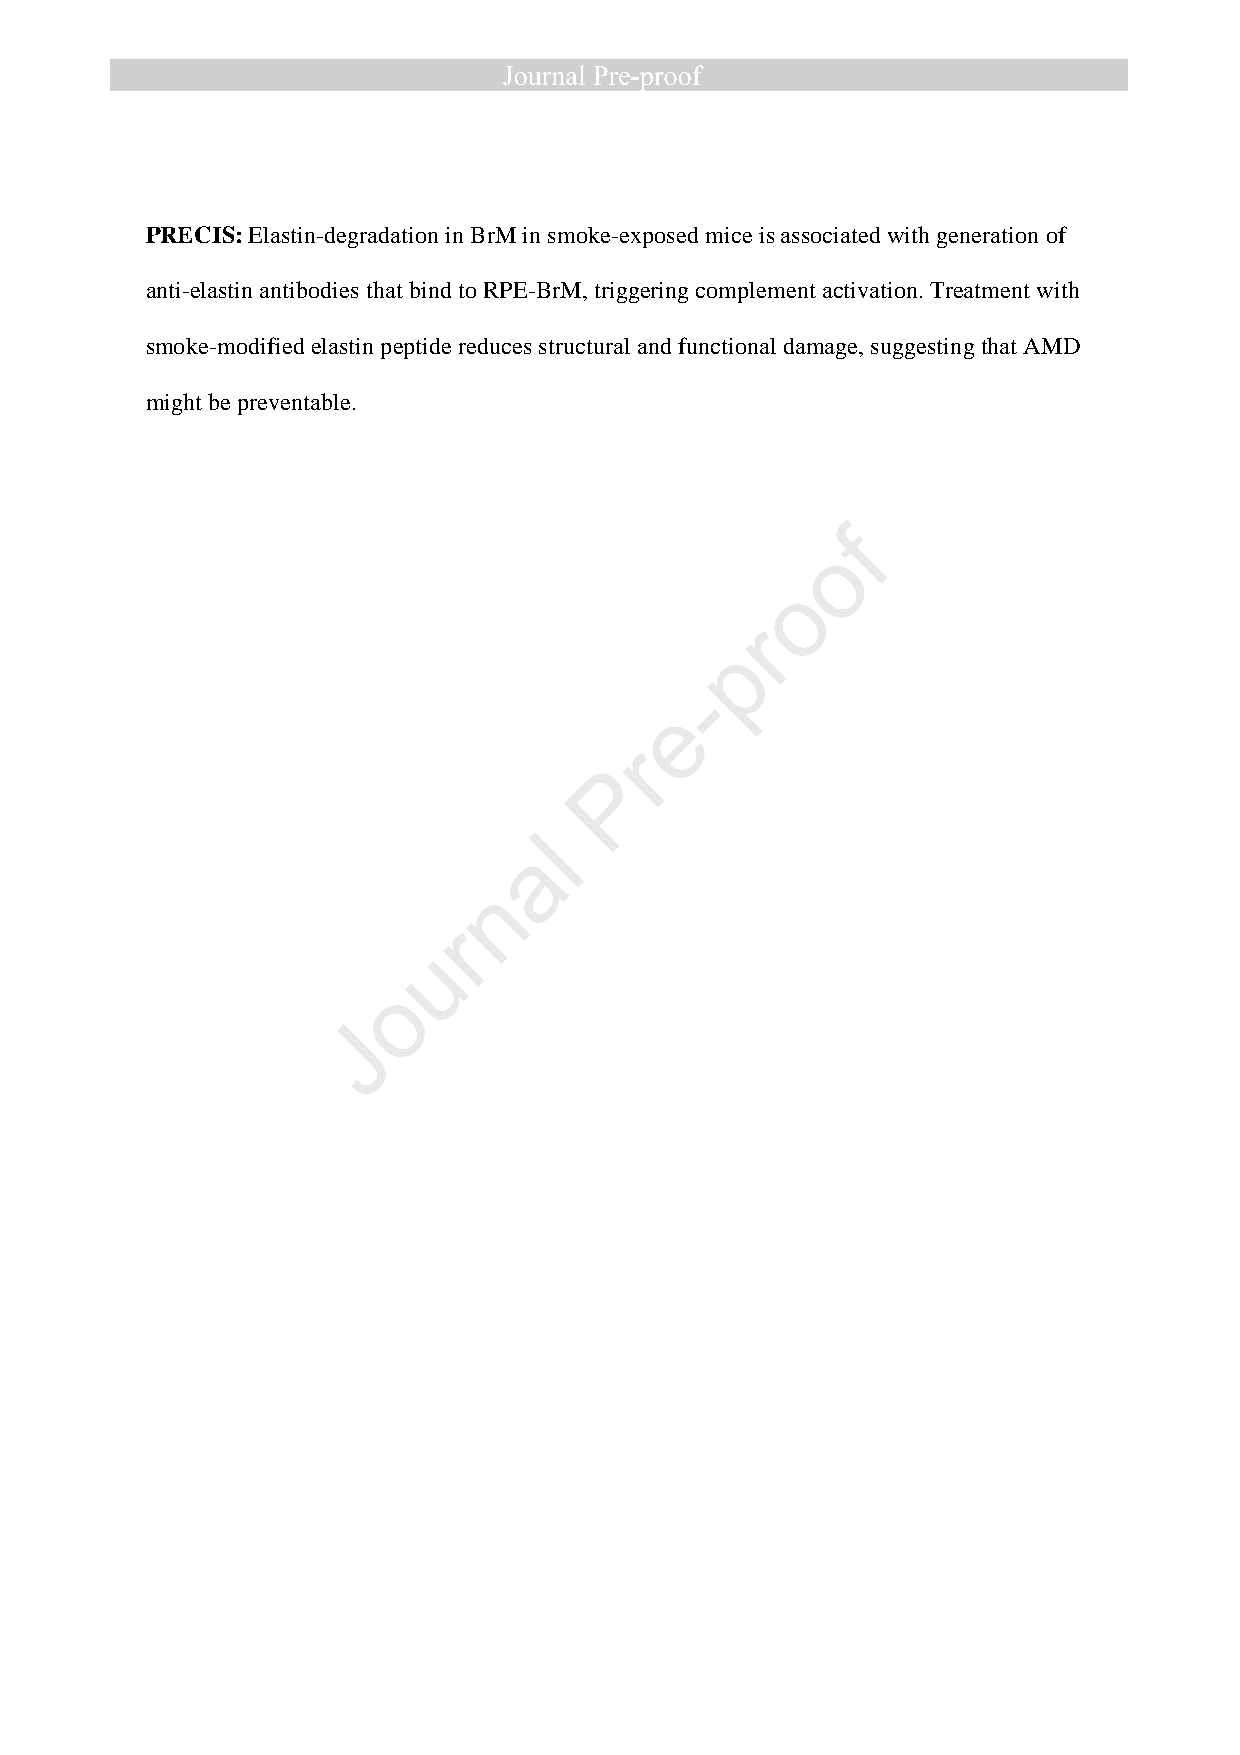
PRECIS: Elastin-degradation in BrM in smoke-exposed mice is associated with generation of
 anti-elastin antibodies that bind to RPE-BrM, triggering complement activation. Treatment with
 smoke-modified elastin peptide reduces structural and functional damage, suggesting that AMD
 might be preventable.
 f
 o
 o
 r
 p
 -
 e
 r
 P
 l
 a
 n
 r
 u
 o
 J